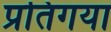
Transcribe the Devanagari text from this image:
प्रतिगया